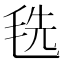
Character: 毨